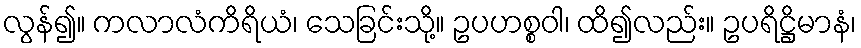
လွန်၍။ ကလာလံကိရိယံ၊ သေခြင်းသို့။ ဥပဟစ္စဝါ၊ ထိ၍လည်း။ ဥပရိဋ္ဌိမာနံ၊